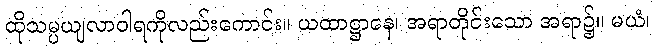
ထိုသမ္ပယျလာဝါရကိုလည်းကောင်း။ ယထာဋ္ဌာနေ၊ အရာတိုင်းသော အရာ၌။ မယံ၊